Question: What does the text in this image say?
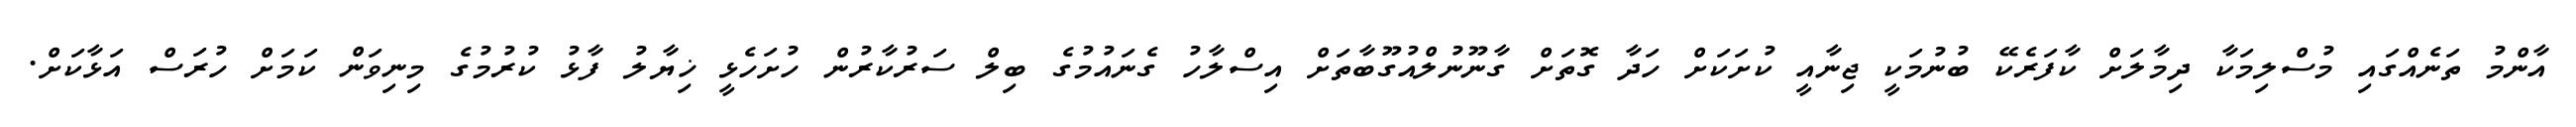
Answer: އާންމު ތަނެއްގައި މުސްލިމަކާ ދިމާލަށް ކާފަރެކޭ ބުނުމަކީ ޖިނާއީ ކުށަކަށް ހަދާ ގޮތަށް ގާނޫނުލްއުގޫބާތަށް އިސްލާހު ގެނައުމުގެ ބިލް ސަރުކާރުން ހުށަހެޅީ ޚިޔާލު ފާޅު ކުރުމުގެ މިނިވަން ކަމަށް ހުރަސް އަޅާކަށް.